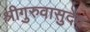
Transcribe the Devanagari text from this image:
श्रीगुरुवासुदेव